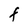
Character: F